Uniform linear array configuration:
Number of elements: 4
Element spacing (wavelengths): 0.5
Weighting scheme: exponential
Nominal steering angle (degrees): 60
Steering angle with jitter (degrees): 59.911
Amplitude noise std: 0.05
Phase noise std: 0.05

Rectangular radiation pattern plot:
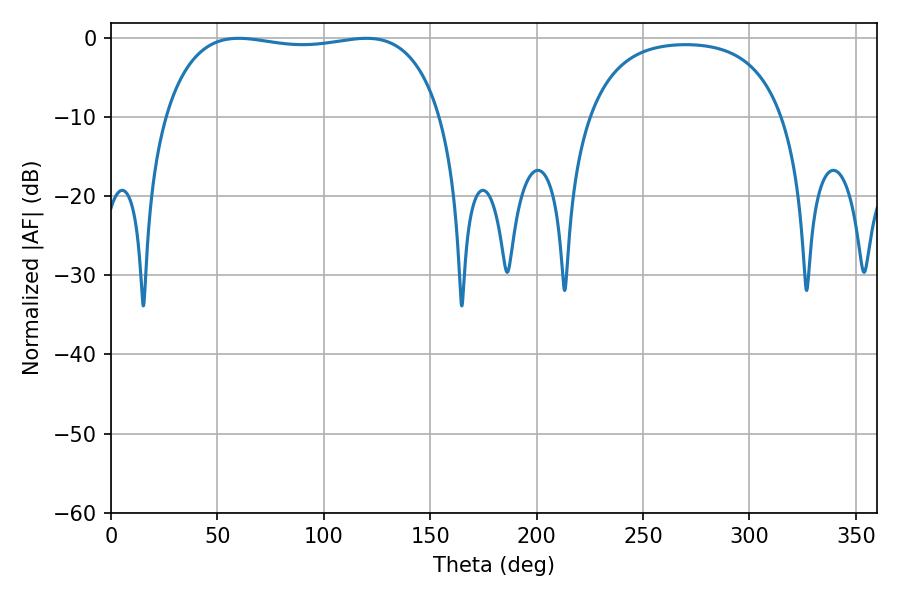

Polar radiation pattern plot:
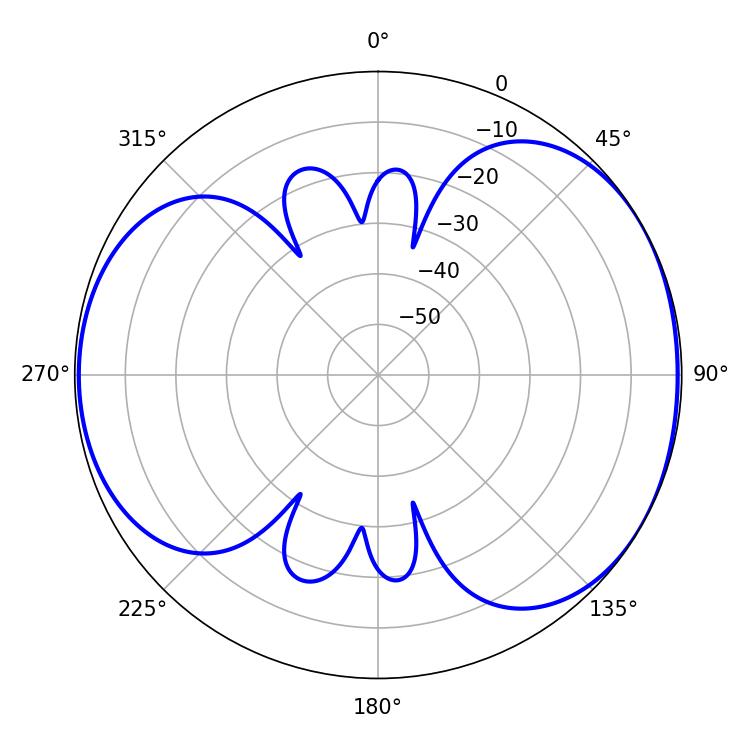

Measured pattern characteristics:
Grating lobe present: FALSE
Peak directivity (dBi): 5.032
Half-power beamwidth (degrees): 104.4
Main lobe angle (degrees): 59.94